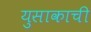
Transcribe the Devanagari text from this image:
युसाकाची